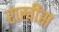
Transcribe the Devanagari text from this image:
राखीस